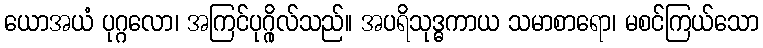
ယောအယံ ပုဂ္ဂလော၊ အကြင်ပုဂ္ဂိုလ်သည်။ အပရိသုဒ္ဓကာယ သမာစာရော၊ မစင်ကြယ်သော